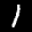
Label: 1